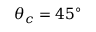
\theta _ { c } = 4 5 ^ { \circ }